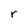
Character: r